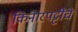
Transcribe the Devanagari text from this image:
किनारपट्टींचे